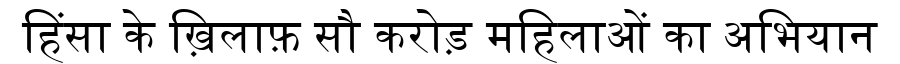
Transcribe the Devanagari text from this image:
हिंसा के ख़िलाफ़ सौ करोड़ महिलाओं का अभियान